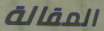
المقالة